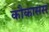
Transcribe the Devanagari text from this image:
कौकासस